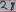
Text: 28